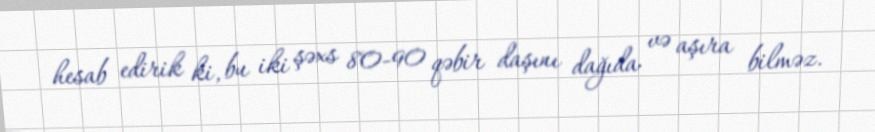
hesab edirik ki, bu iki şəxs 80-90 qəbir daşını dağıda və aşıra bilməz.